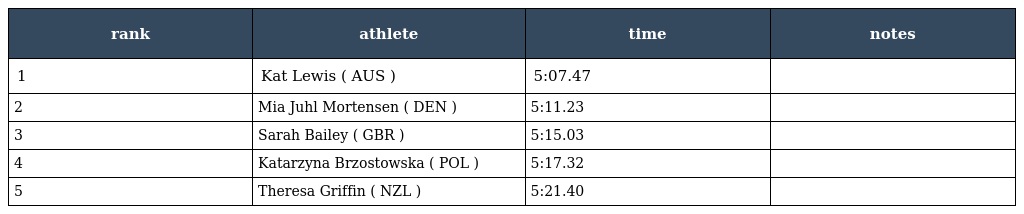
| rank | athlete | time | notes |
 | --- | --- | --- | --- |
 | 1 | Kat Lewis ( AUS ) | 5:07.47 |  |
 | 2 | Mia Juhl Mortensen ( DEN ) | 5:11.23 |  |
 | 3 | Sarah Bailey ( GBR ) | 5:15.03 |  |
 | 4 | Katarzyna Brzostowska ( POL ) | 5:17.32 |  |
 | 5 | Theresa Griffin ( NZL ) | 5:21.40 |  |